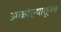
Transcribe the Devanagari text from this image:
अकोल्यातूनच